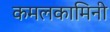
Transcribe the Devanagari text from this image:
कमलकामिनी